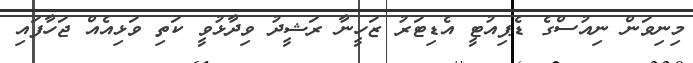
މިނިވަން ނިއުސްގެ ޑެޕިއުޓީ އެޑިޓަރު ޒަހީނާ ރަޝީދު ވިދާޅުވީ ކަތި ވަޅިއެއް ޖަހާފައި